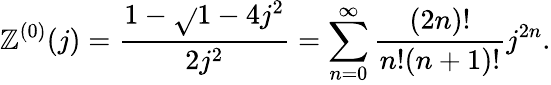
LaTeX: \mathbb{Z}^{(0)}(j)=\frac{{1-\sqrt{}{{1-4j^{2}}}}}{{2j^{2}}}=\sum_{n=0}^{\infty}\frac{{(2n)!}}{{n!(n+1)!}}j^{2n}.